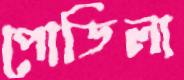
পোডিলা